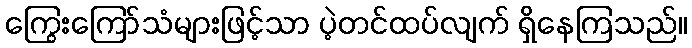
ကြွေးကြော်သံများဖြင့်သာ ပဲ့တင်ထပ်လျက် ရှိနေကြသည်။